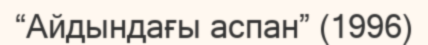
“Айдындағы аспан” (1996)